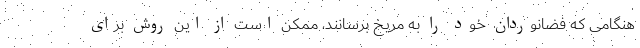
هنگامی که فضانوردان خود را به مریخ برسانند، ممکن است از این روش برای